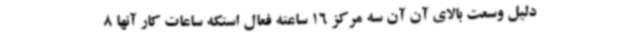
دلیل وسعت بالای آن آن سه مرکز 16 ساعته فعال استکه ساعات کار آنها 8